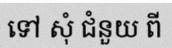
ទៅ សុំ ជំនួយ ពី